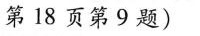
第18页第9题)